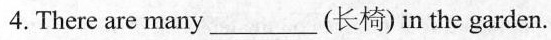
4.There are many___(长椅) in the garden.